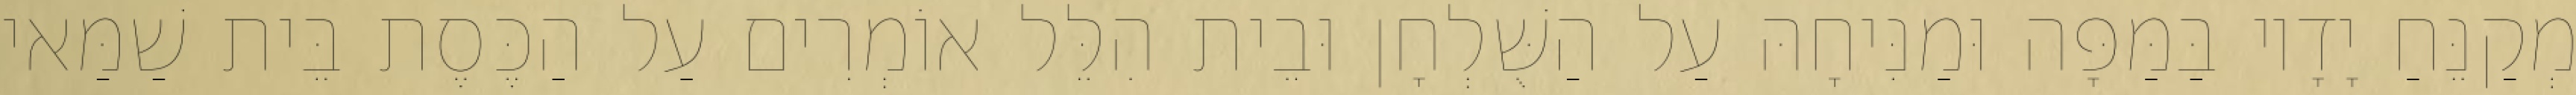
מְקַנֵּחַ יָדָיו בַּמַּפָּה וּמַנִּיחָהּ עַל הַשֻּׁלְחָן וּבֵית הִלֵּל אוֹמְרִים עַל הַכֶּסֶת בֵּית שַׁמַּאי